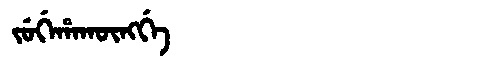
Manchu: ᠵᡠᡤᡝᡥᠠᡴᡡᠩᡤᡝ
Romanization: JUGEHAKŪNGGE